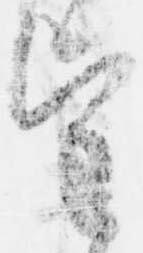
望